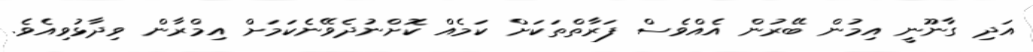
އަދި ގާނޫނީ އިމުން ބޭރުން އެއްވެސް ފަރާތްތަކަށް ކަމެއް ކޮށްނުދެވޭނެކަމަށް އިމްރާން ވިދާޅުވިއެވެ.